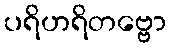
ပရိဟရိတဗ္ဗော